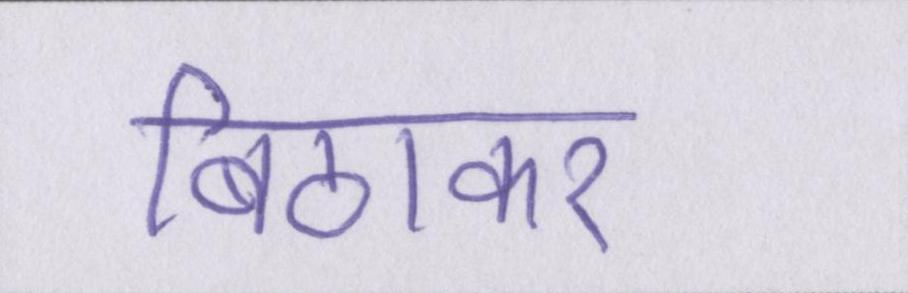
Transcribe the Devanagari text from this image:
बिठाकर